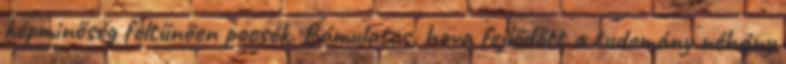
képminőség feltűnően pocsék. Bámulatos, hova fejlődött a tudomány néhány